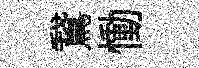
鵞慟